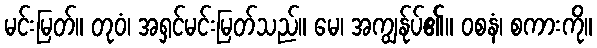
မင်းမြတ်။ တုဝံ၊ အရှင်မင်းမြတ်သည်။ မေ၊ အကျွန်ုပ်၏။ ဝစနံ၊ စကားကို။